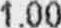
1.00